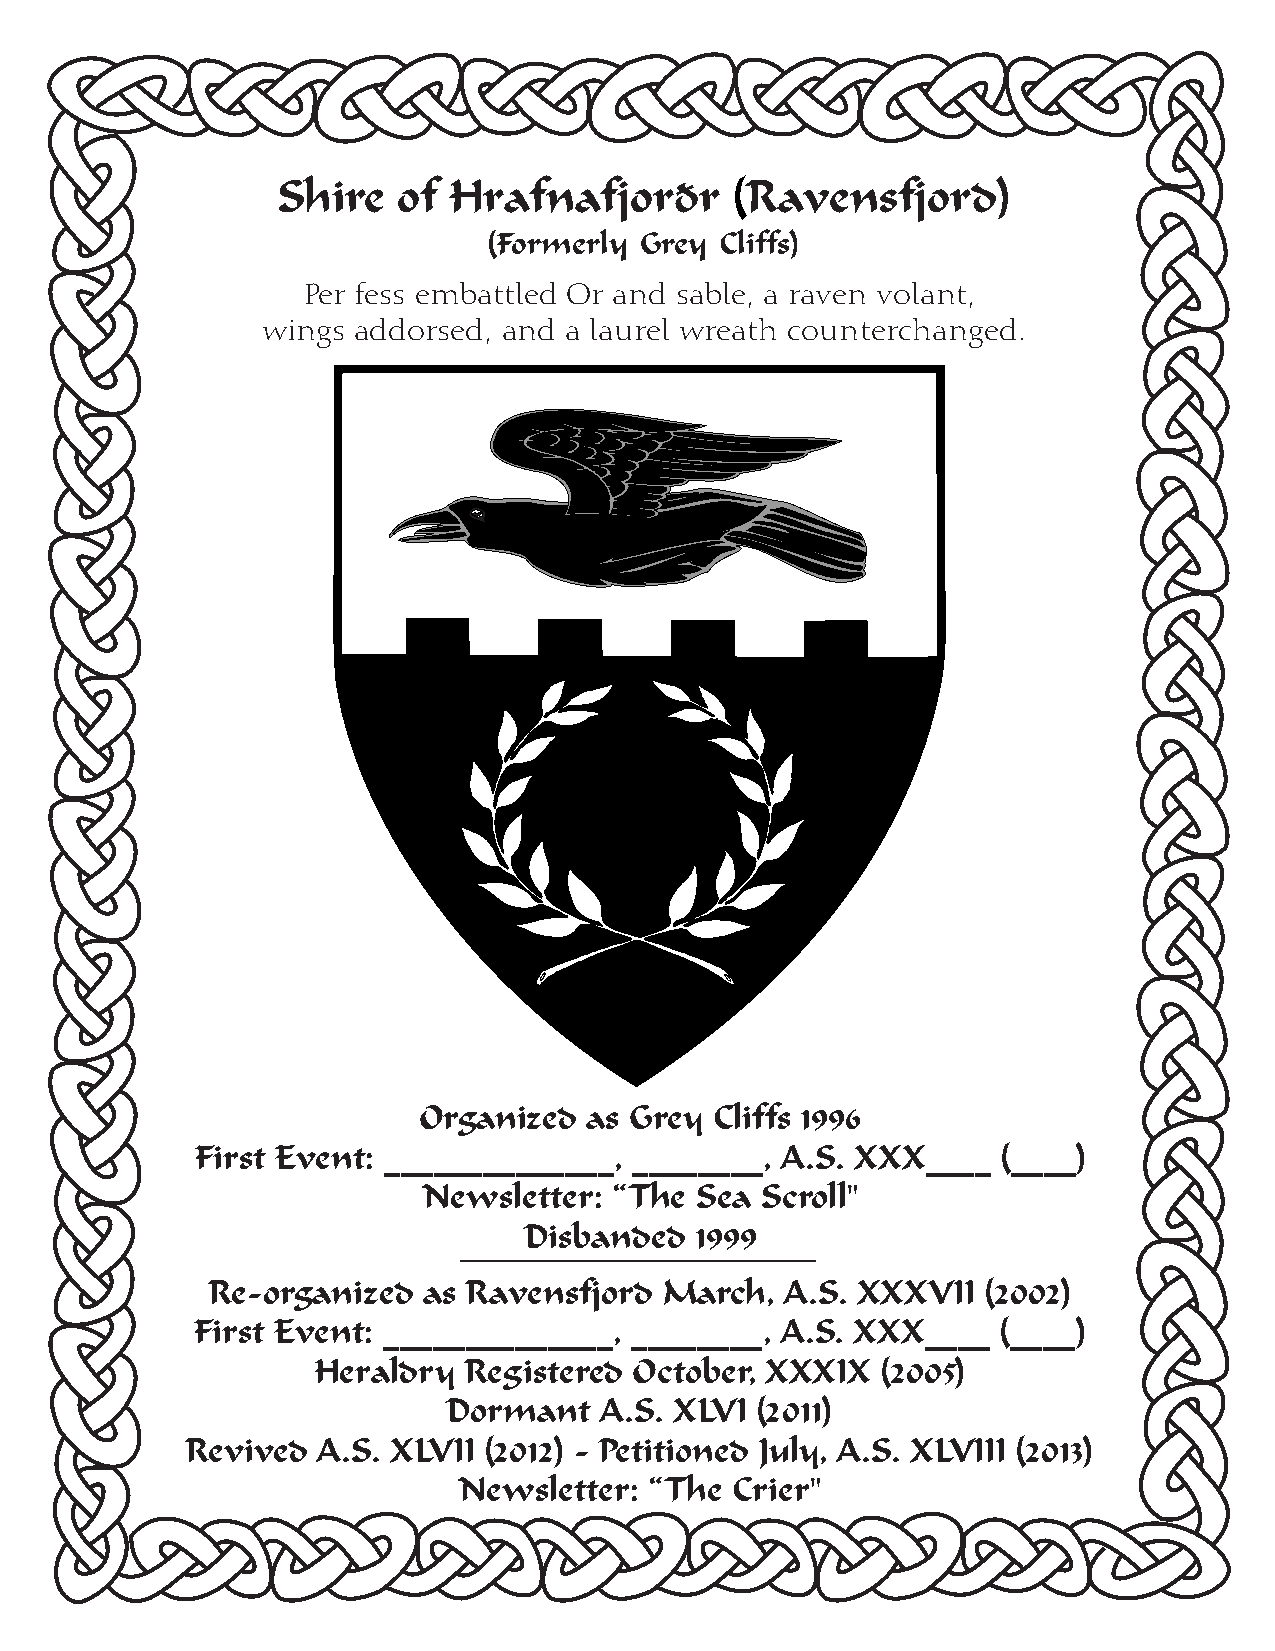
Shire   of  Hrafnafjorðr      (Ravensfjord)
 (Formerly Grey  Cliffs)
 Per fess embattled Or and sable, a raven volant,
 wings addorsed, and a laurel wreath counterchanged.
 Organized  as Grey Cliffs 1996
 First Event: ______________, ________, A.S. XXX____  (____)
 Newsletter:  “The Sea Scroll"
 Disbanded  1999
 Re-organized  as Ravensfjord  March,  A.S. XXXVII  (2002)
 First Event: ______________, ________, A.S. XXX____  (____)
 Heraldry  Registered October, XXXIX  (2005)
 Dormant   A.S. XLVI (2011)
 Revived  A.S. XLVII (2012) - Petitioned July, A.S. XLVIII (2013)
 Newsletter:  “The Crier"